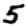
Digit: 5